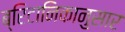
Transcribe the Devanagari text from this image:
ब्रिटानिकानुसार